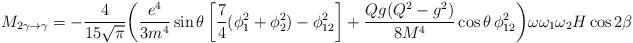
LaTeX: \begin{align*}M_{2\gamma \to \gamma} = -\frac {4}{15\sqrt{\pi}} \biggl( \frac{e^4} {3 m^4} \sin \theta\left[\frac{7}{4} (\phi _1^2 + \phi_2^2) - \phi _{12}^2\right] +\frac{Qg (Q^2 - g^2)}{8 M^4} \cos \theta\,\phi _{12}^2 \biggr) \omega \omega_1 \omega _2 H \cos 2 \beta\end{align*}